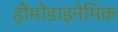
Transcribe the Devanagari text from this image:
हीमोडाइनेमिक